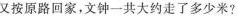
又按原路回家，文钟一共大约走了多少米?